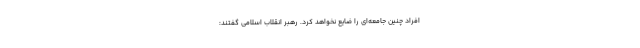
افراد چنین جامعه‌ای را ضایع نخواهد کرد. رهبر انقلاب اسلامی گفتند: